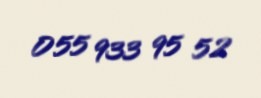
055 933 95 52